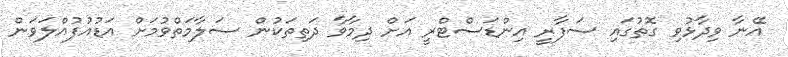
އޭނާ ވިދާޅުވި ގޮތުގައި ސަފާރީ އިންޑަސްޓްރީ އަށް ދިމާވާ ދަތިތަކުން ސަލާމަތްވުމަށް އަޑުއުފުއްލަވަން